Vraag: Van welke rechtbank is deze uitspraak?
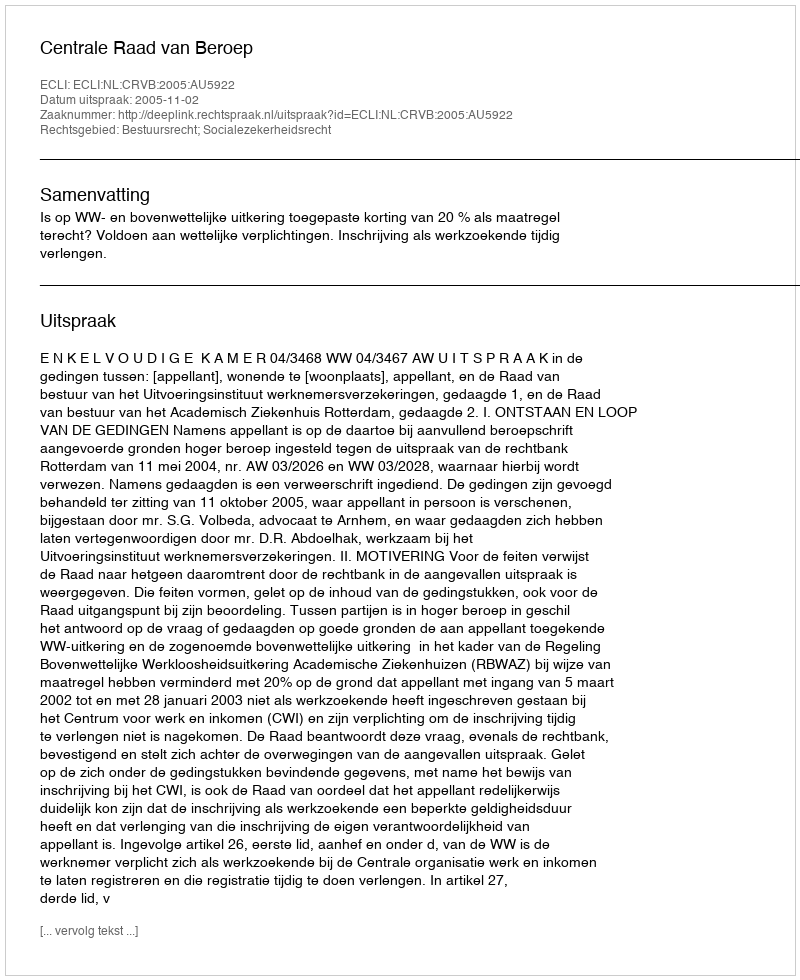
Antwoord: Centrale Raad van Beroep